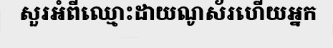
សួរអំពីឈ្មោះដាយណូស័រហើយអ្នក